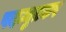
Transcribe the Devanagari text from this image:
पदच्युतकर